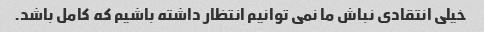
خیلی انتقادی نباش ما نمی توانیم انتظار داشته باشیم که کامل باشد.